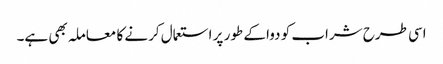
اسی طرح شراب کو دوا کے طور پر استعمال کرنے کا معاملہ بھی ہے۔